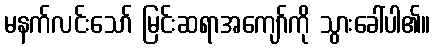
မနက်လင်းသော် မြင်းဆရာအကျော်ကို သွားခေါ်ပါ၏။